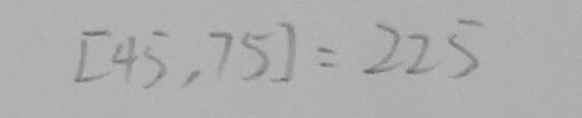
[ 4 5 , 7 5 ] = 2 2 5